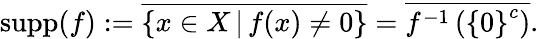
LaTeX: \operatorname{supp}(f):={\overline{{\{ x\in X\, |\, f(x)\neq 0\} }}}={\overline{{f^{-1}\left(\left\{ 0\right\} ^{c}\right)}}}.